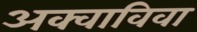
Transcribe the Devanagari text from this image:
अक्वाविवा